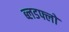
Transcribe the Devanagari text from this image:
ब्लडफ्लो